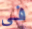
فى